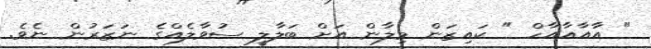
" އާއާއާއާހް " ކައިޒަން މިލާން އަށް ބަލާލީ ސުވާލެއްގެ ނަޒަރުން ނެވެ.